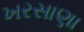
ખરસાણા